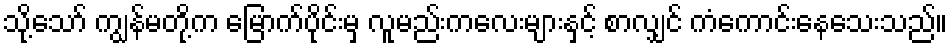
သို့သော် ကျွန်မတို့က မြောက်ပိုင်းမှ လူမည်းကလေးများနှင့် စာလျှင် ကံကောင်းနေသေးသည်။